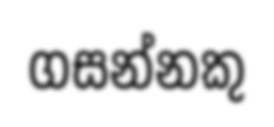
ගසන්නකු